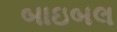
બાઇબલ